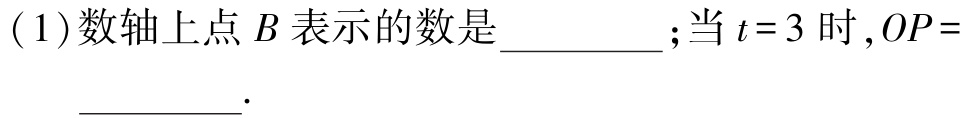
( 1 )数轴上点\(B\)表示的数是  ；当\(t = 3\)时,\(OP =\)  .